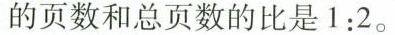
的页数和总页数的比是1:2。